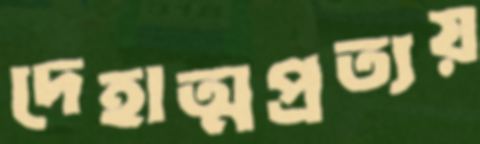
দেহাত্মপ্রত্যয়